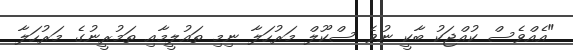
"އެއްވެސް ކުއްޖަކު ބާކީ ނުވެ ސްކޫލް މަރުހަލާ ނިމި ތައުލީމާއި ތަމުރީނުގެ މަރުހަލާ